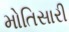
મોતિસારી